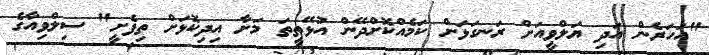
"އަހަރެން އަދި ޔަލްވީއަށް ރަނގަޅަށް ކަމެއްކޮށްދޭން އުޅޭތީތަ މަށާ އިދިކޮޅަށް ތިފެށީ" ސިލްވިއާގެ